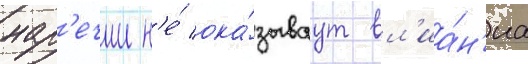
нар'ечии н'е́ ока́зываут вл'иа́н'иа